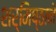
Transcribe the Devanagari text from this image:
शर्मिष्ठाने